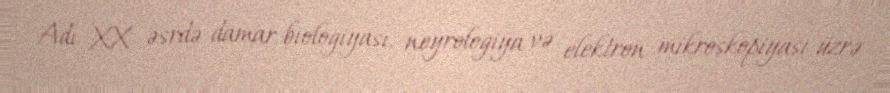
Adı XX əsrdə damar biologiyası, neyrologiya və elektron mikroskopiyası üzrə